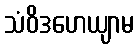
သံဝိဒဟေယျာမ